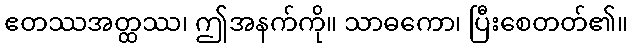
ဧတဿအတ္ထဿ၊ ဤအနက်ကို။ သာဓကော၊ ပြီးစေတတ်၏။